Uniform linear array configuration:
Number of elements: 12
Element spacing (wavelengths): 0.25
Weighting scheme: exponential
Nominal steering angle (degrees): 15
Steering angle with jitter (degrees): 15.976
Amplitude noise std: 0.05
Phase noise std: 0.05

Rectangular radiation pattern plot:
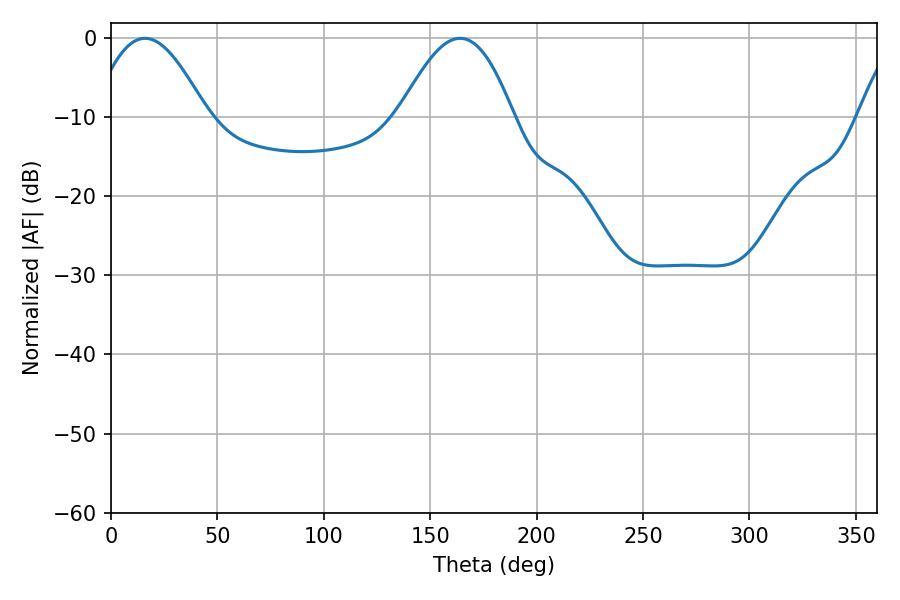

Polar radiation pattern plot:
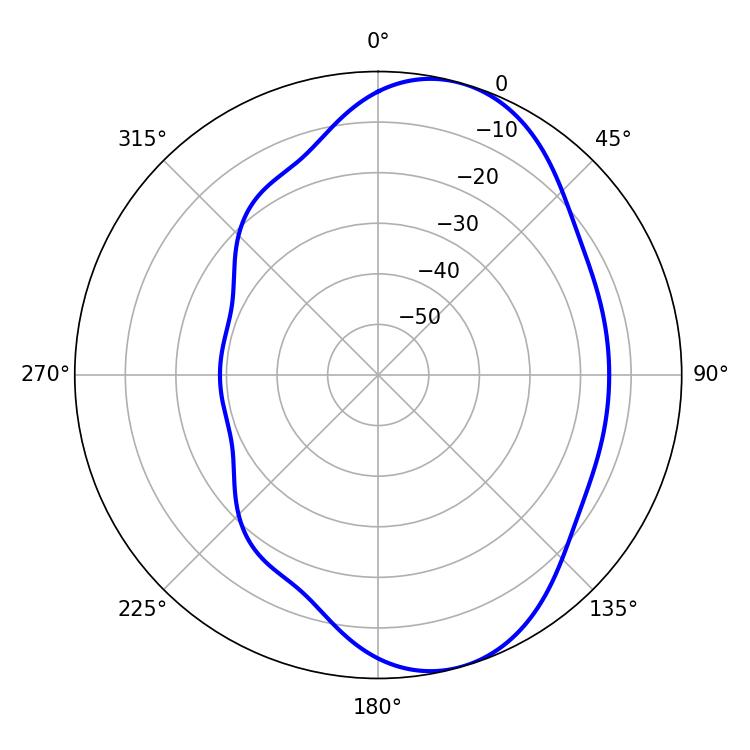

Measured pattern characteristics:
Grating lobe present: FALSE
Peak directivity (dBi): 7.358
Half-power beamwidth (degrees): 28.98
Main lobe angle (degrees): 16.02